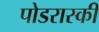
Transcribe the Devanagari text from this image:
पोडरास्की